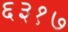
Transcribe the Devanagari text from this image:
६३१७